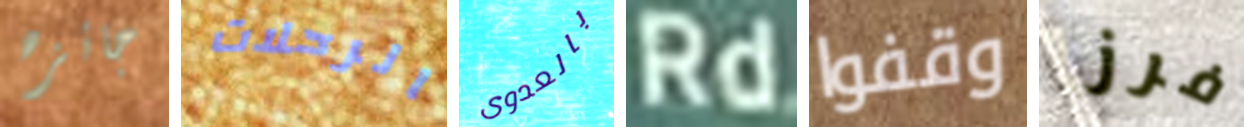
جائزه الرحلات بالعدوى Rd وقفوا فرز